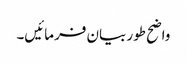
واضح طور بیان فرمائیں۔